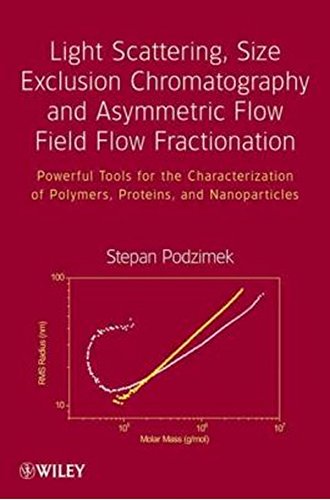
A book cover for Light Scattering, Size Exclusion Chromatography and Asymmetric Flow Field Flow Fractionation: Powerful Tools for the Characterization of Polymers, Proteins and Nanoparticles; Stepan Podzimek; Science & Math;